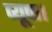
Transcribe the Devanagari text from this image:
प्यूपा।